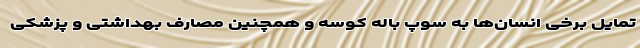
تمایل برخی انسان‌ها به سوپ باله کوسه و همچنین مصارف بهداشتی و پزشکی